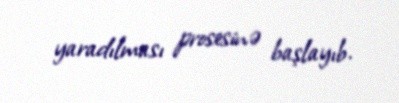
yaradılması prosesinə başlayıb.